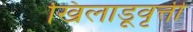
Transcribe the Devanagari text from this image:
खिलाडूवृत्ती